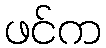
ဖင်က